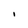
Character: I